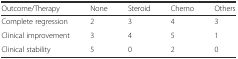
<table><thead><tr><td><b>Outcome/Therapy</b></td><td><b>None</b></td><td><b>Steroid</b></td><td><b>Chemo</b></td><td><b>Others</b></td></tr></thead><tbody><tr><td>Complete regression</td><td>2</td><td>3</td><td>4</td><td>3</td></tr><tr><td>Clinical improvement</td><td>3</td><td>4</td><td>5</td><td>1</td></tr><tr><td>Clinical stability</td><td>5</td><td>0</td><td>2</td><td>0</td></tr></tbody></table>